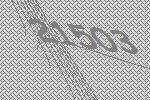
21503